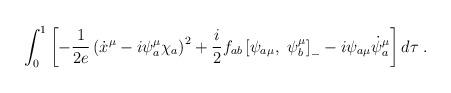
LaTeX: \begin{align*}\int_{0}^{1}\left[-\frac{1}{2e}\left(\dot{x}^{\mu}-i{\psi}_{a}^{\mu}{\chi}_{a}\right)^{2} +\frac{i}{2}f_{ab}\left[\psi_{a\mu},~\psi^{\mu}_b\right]_{-}-i\psi_{a\mu}\dot{\psi}_a^\mu\right]d\tau\;.\end{align*}